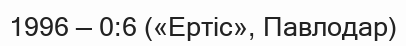
1996 — 0:6 («Ертіс», Павлодар)